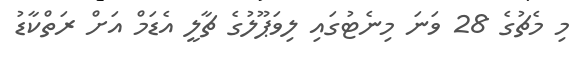
މި މެޗުގެ 28 ވަނަ މިނެޓުގައި ލިވަޕޫލުގެ ޗާލީ އެޑަމް އަށް ރަތްކާޑު